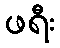
ဖရီး